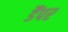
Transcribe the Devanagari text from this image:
डैंपर